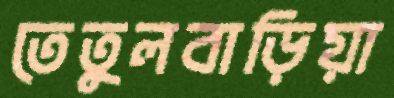
তেতুলবাড়িয়া